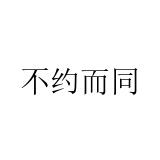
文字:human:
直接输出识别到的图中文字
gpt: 不约而同